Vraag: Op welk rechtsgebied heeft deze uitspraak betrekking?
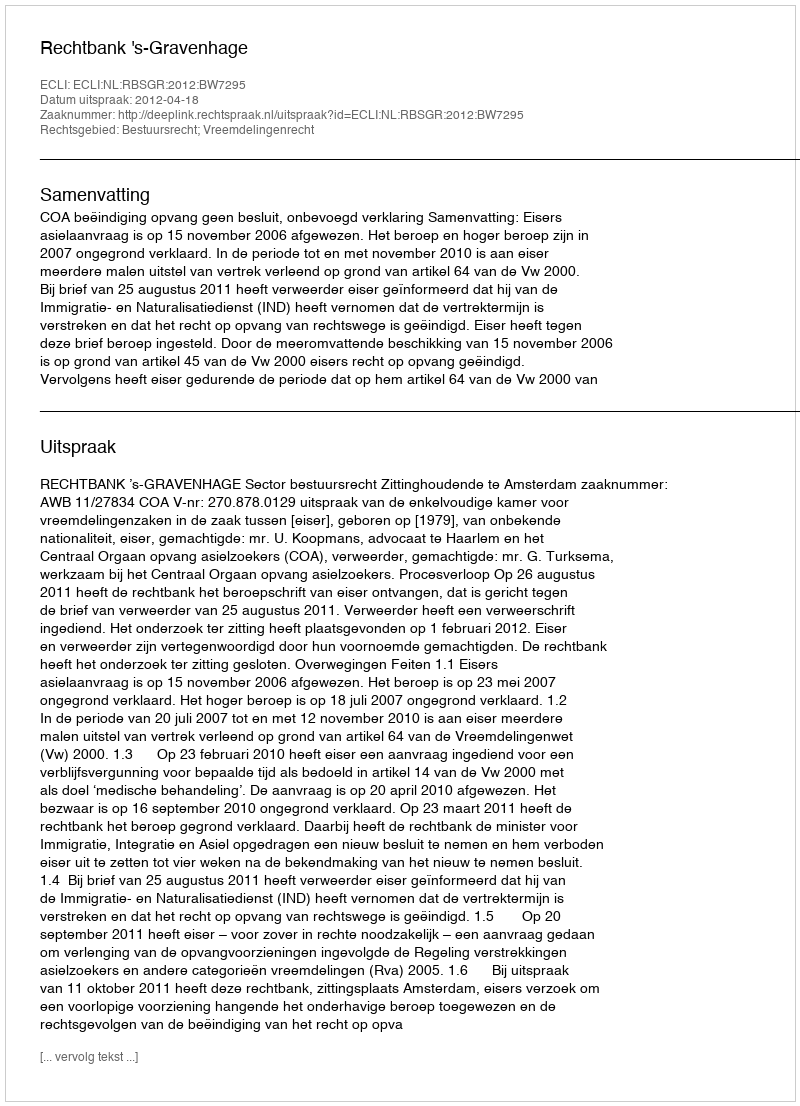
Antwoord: Bestuursrecht; Vreemdelingenrecht